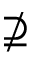
\nsupseteq